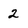
Character: 2